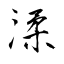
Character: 渘